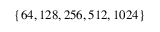
\{ 6 4 , 1 2 8 , 2 5 6 , 5 1 2 , 1 0 2 4 \}